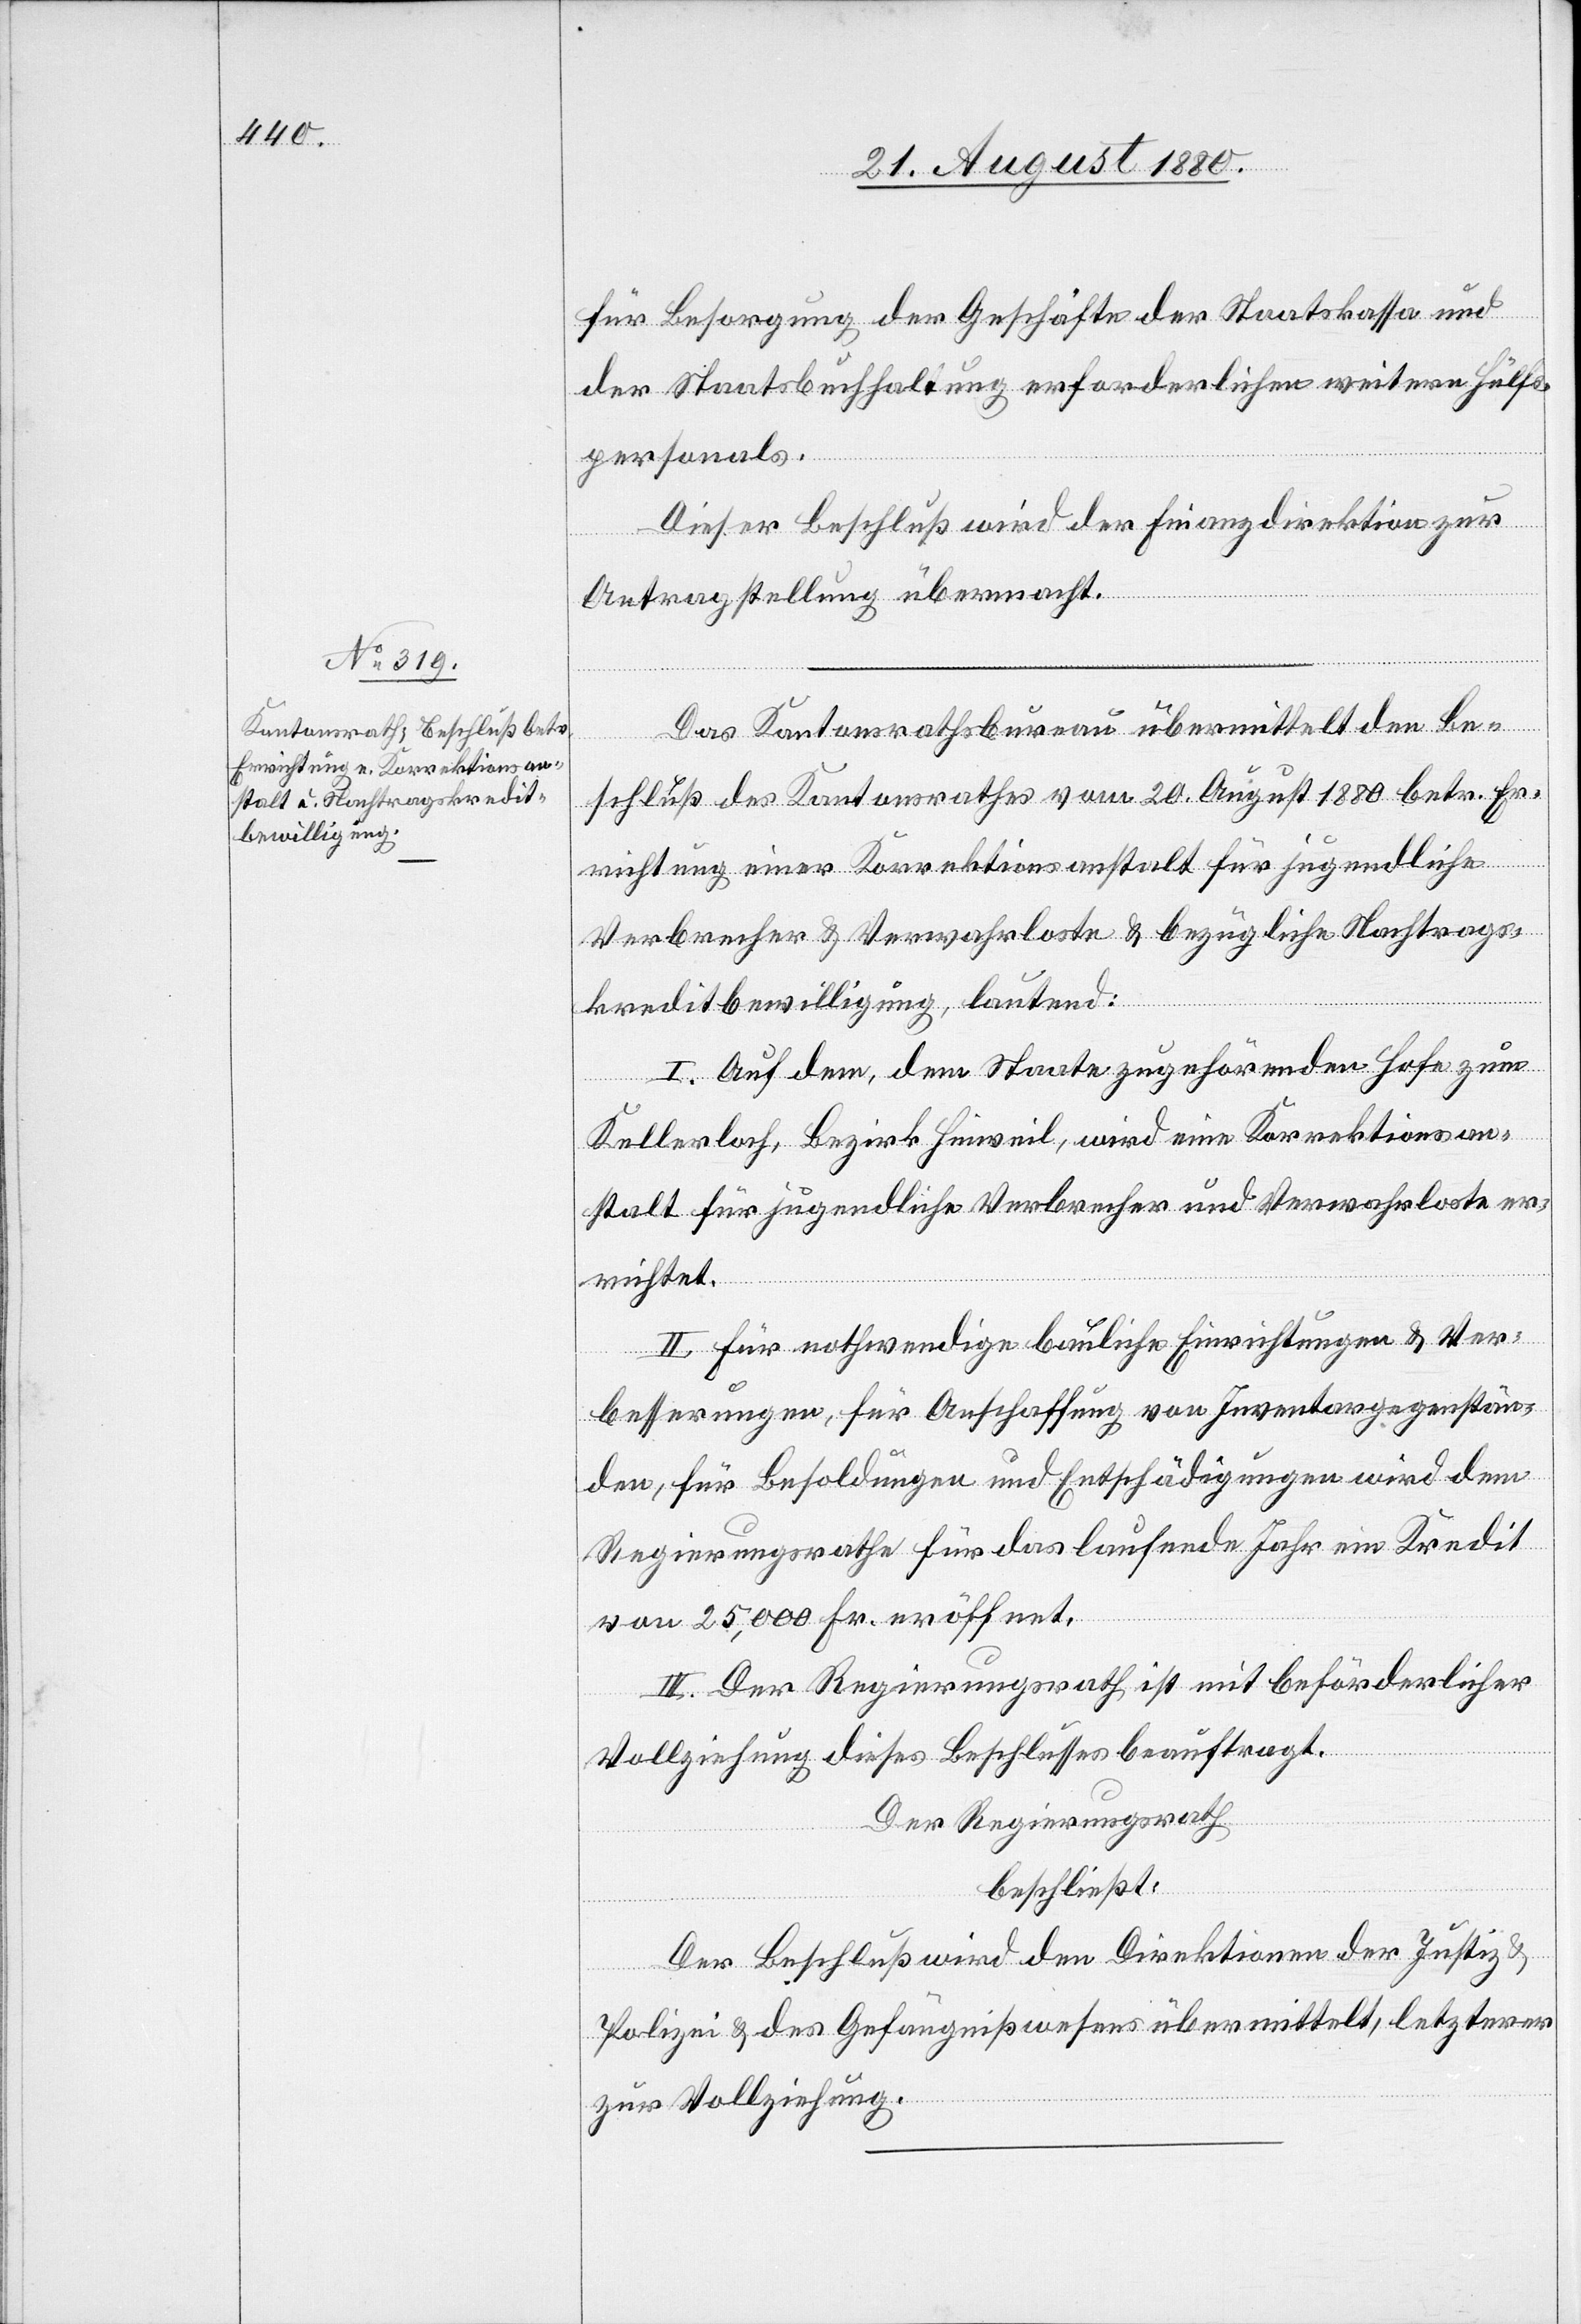
für Besorgung der Geschäfte der Staatskassa und
der Staatsbuchhaltung erforderlichen weitere Hülfs¬
personals.
Dieser Beschluß wird der Finanzdirektion zur
Antragstellung übermitt¬
elt.
Das Kantonsrathsbureau übermittelt den Be¬
schluß des Kantonsrathes vom 20. August 1880 betr. Er¬
richtung einer Korrektionsanstalt für jugendliche
Verbrecher & Verwahrloste & bezügliche Nachtrags¬
kreditbewilligung, lautend:
I. Auf dem, dem Staate zugehörenden Hofe zum
Kellerloch, Bezirk Hinweil, wird eine Korrektionsan¬
stalt für jugendliche Verbrecher und Verwahrloste er¬
richtet.
II. Für nothwendige bauliche Errichtungen & Ver¬
besserungen, für Anschaffung von Inventargegenstän¬
den, für Besoldungen und Entschädigungen wird dem
Regierungsrath für das laufende Jahr ein Kredit
von 25,000 Fr. eröffnet.
III. Der Regierungsrath ist mit beförderlicher
Vollziehung dieses Beschlusses beauftragt.
Der Regierungsrath
beschließt:
Der Beschluß wird den Direktionen der Justiz &
Polizei & des Gefängißwesens übermittelt, letzterer
zur Vollziehung.